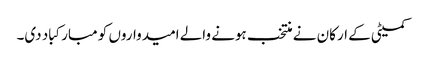
کمیٹی کے ارکان نے منتخب ہونے والے امیدواروں کو مبارکباد دی۔